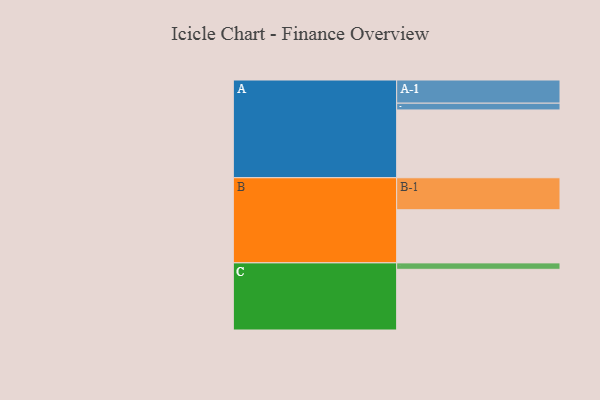
{"axis": {"x": "Segment", "y": "Value"}, "legend": ["", "A", "B", "C"], "data": [{"x": "A", "y": 591, "type": ""}, {"x": "B", "y": 463, "type": ""}, {"x": "C", "y": 529, "type": ""}, {"x": "A-1", "y": 202, "type": "A"}, {"x": "A-2", "y": 59, "type": "A"}, {"x": "B-1", "y": 279, "type": "B"}, {"x": "C-1", "y": 56, "type": "C"}]}